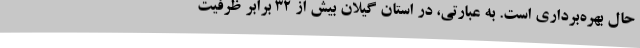
حال بهره‌برداری است. به عبارتی، در استان گیلان بیش از 32 برابر ظرفیت